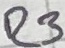
Text: R3